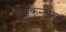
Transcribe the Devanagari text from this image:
मुचुकुन्दस्य